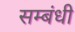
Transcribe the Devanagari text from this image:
सम्‍बंधी